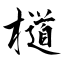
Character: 檤